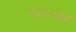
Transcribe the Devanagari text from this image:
कॉनटेक्ट